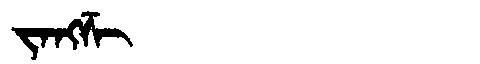
Manchu: ᠵᠠᠩᡯᡳ
Romanization: JANGDZI